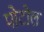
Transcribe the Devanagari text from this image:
पोटोल